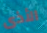
الأذى